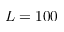
L = 1 0 0